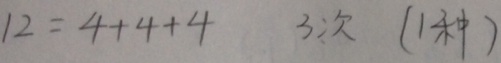
1 2 = 4 + 4 + 4 3 次 ( 1 种 )